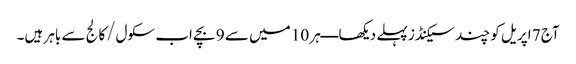
آج 7 اپریل کو چند سیکنڈز پہلے دیکھا ــــ ہر 10 میں سے 9 بچے اب سکول/کالج سے باہر ہیں۔